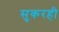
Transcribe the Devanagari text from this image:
सुकरही